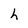
Character: h